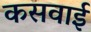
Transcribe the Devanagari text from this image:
कसवाई